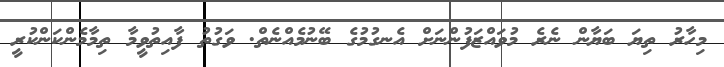
މިހާރު ތިޔަ ބަޔާން ނެރެ މުވައްޒަފުންނަށް އެނގުމުގެ ބޭނުމެއްނެތް. ވަގުތު ފާއިތުވީމާ ތިމާމެންކަންކުރީ